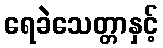
ရေခဲသေတ္တာနှင့်